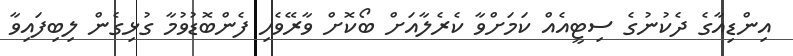
އިންޑިއާގެ ދެކުނުގެ ސިޓީއެއް ކަމަށްވާ ކެރެލާއަށް ބޯކޮށް ވާރޭވެހި ފެންބޮޑުވުމާ ގުޅިގެން ލިބިފައިވާ